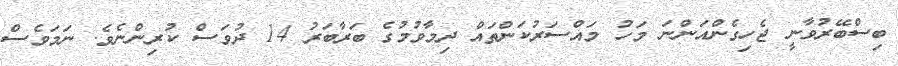
ބިސްބޭރުވާނީ ޖެހިގެންއަންނަ މަހު މައްސަރުކަންތައް ދިމާވުމުގެ ބަރާބަރު 14 ދުވަސް ކުރިންނެވެ. ނަމަވެސް